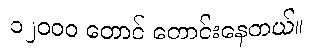
၁၂ဝဝဝ တောင် တောင်းနေတယ်။